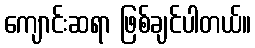
ကျောင်းဆရာ ဖြစ်ချင်ပါတယ်။